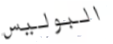
البوليس